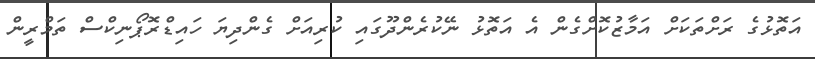
އަތޮޅުގެ ރަށްތަކަށް އަމާޒުކޮށްގެން އެ އަތޮޅު ނޭކުރެންދޫގައި ކުރިއަށް ގެންދިޔަ ހައިޑްރޮޕޯނިކްސް ތަމްރީން